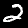
Digit: 2